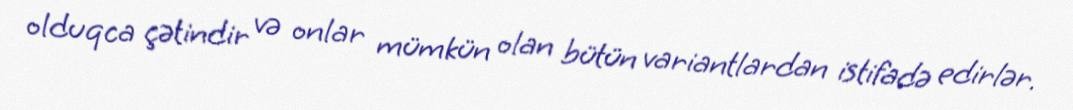
olduqca çətindir və onlar mümkün olan bütün variantlardan istifadə edirlər.